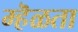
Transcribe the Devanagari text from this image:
म्हॆळता